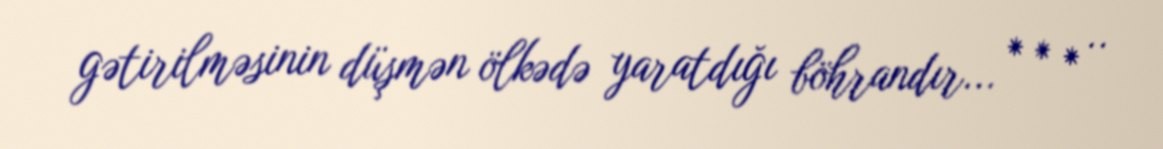
gətirilməsinin düşmən ölkədə yaratdığı böhrandır... * * * ..